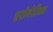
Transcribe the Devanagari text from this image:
एरोमेटिका